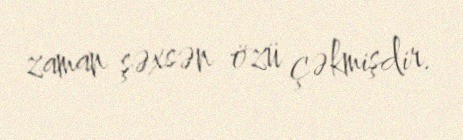
zaman şəxsən özü çəkmişdir.